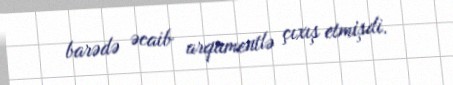
barədə əcaib arqumentlə çıxış etmişdi.